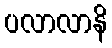
ပလာလာနိ